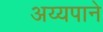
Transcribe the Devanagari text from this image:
अय्यपाने